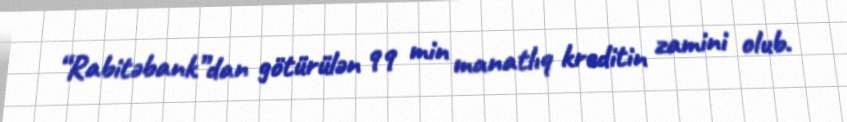
“Rabitəbank”dan götürülən 99 min manatlıq kreditin zamini olub.